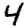
Digit: 4